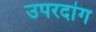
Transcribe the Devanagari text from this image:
उपरदांग